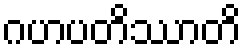
ဂဟပတိဿာတိ